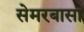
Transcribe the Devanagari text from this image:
सेमरबासा